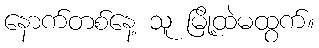
နောက်တစ်နေ့ သူ မြို့ထဲမထွက်။